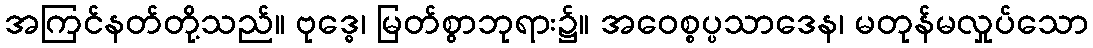
အကြင်နတ်တို့သည်။ ဗုဒ္ဓေ၊ မြတ်စွာဘုရား၌။ အဝေစ္စပ္ပသာဒေန၊ မတုန်မလှုပ်သော